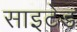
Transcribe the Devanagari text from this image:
साइटेड